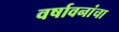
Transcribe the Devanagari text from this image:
वर्षावनांचा